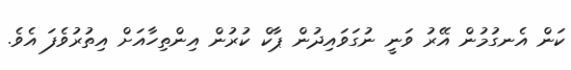
ކަން އެނގުމުން އޭރު ވަނީ ނުގަވައިދުން ޕާކް ކުރުން އިންތިހާއަށް އިތުރުވެފަ އެވެ.